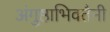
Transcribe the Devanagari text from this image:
अंगुष्ठाभिवतैनी